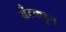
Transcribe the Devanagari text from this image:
ग्रँटकडून